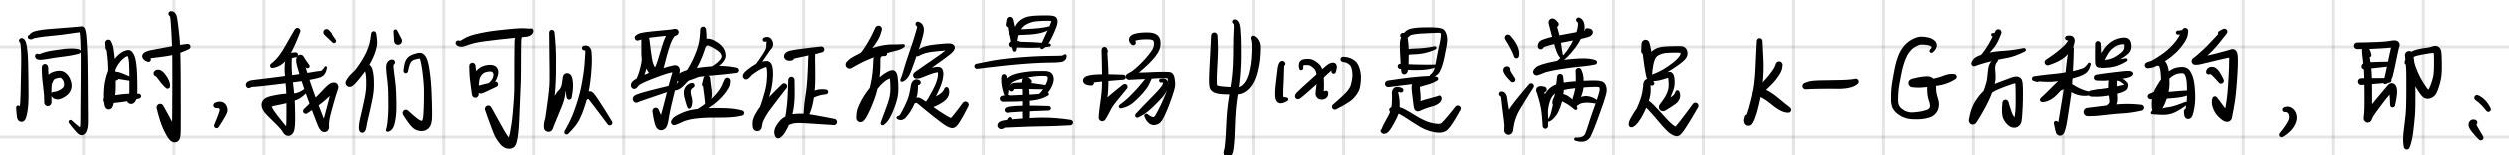
同时,我们可以验证旋量场$\psi(x)$是满足$k - G$方程的,即: